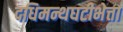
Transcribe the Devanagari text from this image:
दधिमन्थघटीभेत्ता